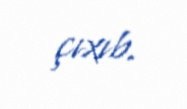
çıxıb.